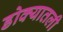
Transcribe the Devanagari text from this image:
डोक्यातली